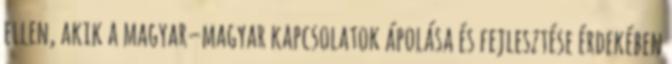
ellen, akik a magyar–magyar kapcsolatok ápolása és fejlesztése érdekében